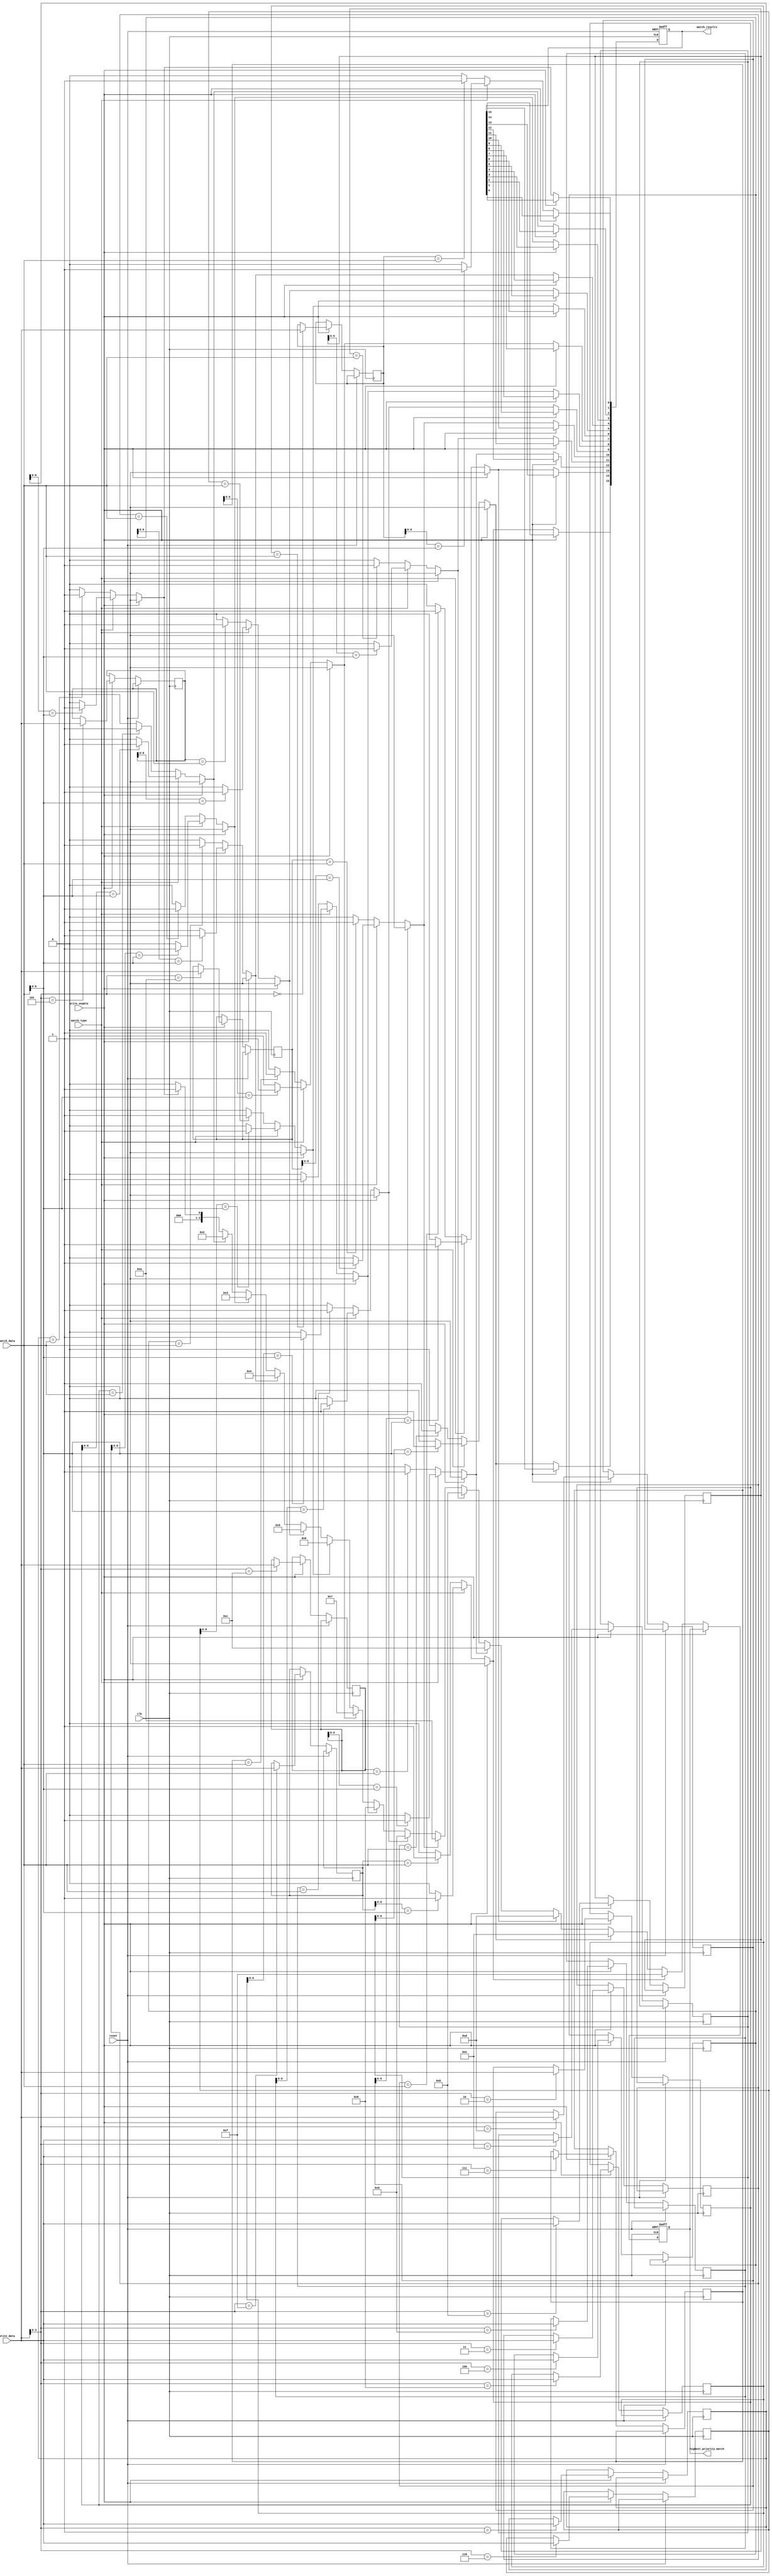
module HybridCAM #(
    parameter ENTRY_WIDTH = 8, // Width of each entry
    parameter NUM_ENTRIES = 16  // Number of entries in CAM
) (
    input                    clk,
    input                    reset,
    input                    write_enable,
    input  [ENTRY_WIDTH-1:0] write_data,
    input  [ENTRY_WIDTH-1:0] match_data,
    input                    match_type, // 0 for exact match, 1 for prefix match
    output reg [NUM_ENTRIES-1:0] match_results,
    output reg [clog2(NUM_ENTRIES)-1:0] highest_priority_match
);

// Storage Array
reg [ENTRY_WIDTH-1:0] storage[0:NUM_ENTRIES-1];

// Match Logic
integer i;

always @(posedge clk or posedge reset) begin
    if (reset) begin
        match_results <= 0;
        highest_priority_match <= 0;
    end else if (write_enable) begin
        // Write operation
        storage[write_data[ENTRY_WIDTH-1:0]] <= write_data; // Assuming write_data includes the index
    end else begin
        // Match operation
        match_results = 0;
        for (i = 0; i < NUM_ENTRIES; i = i + 1) begin
            if (match_type == 1'b0) begin
                // Exact match
                if (storage[i] == match_data) begin
                    match_results[i] = 1'b1;
                end
            end else if (match_type == 1'b1) begin
                // Prefix match
                if (storage[i][ENTRY_WIDTH-2:0] == match_data[ENTRY_WIDTH-2:0]) begin
                    match_results[i] = 1'b1;
                end
            end
        end
        highest_priority_match = 0; // Reset prior to finding the highest priority match
        for (i = 0; i < NUM_ENTRIES; i = i + 1) begin
            if (match_results[i] == 1'b1) begin
                highest_priority_match = i; // Update with the highest (lowest index) match
            end
        end
    end
end

// Function to calculate logarithm base 2 (for the highest priority match address size)
function integer clog2;
    input integer value;
    begin
        value = value - 1;
        for (clog2 = 0; value > 0; clog2 = clog2 + 1)
            value = value >> 1;
    end
endfunction

endmodule